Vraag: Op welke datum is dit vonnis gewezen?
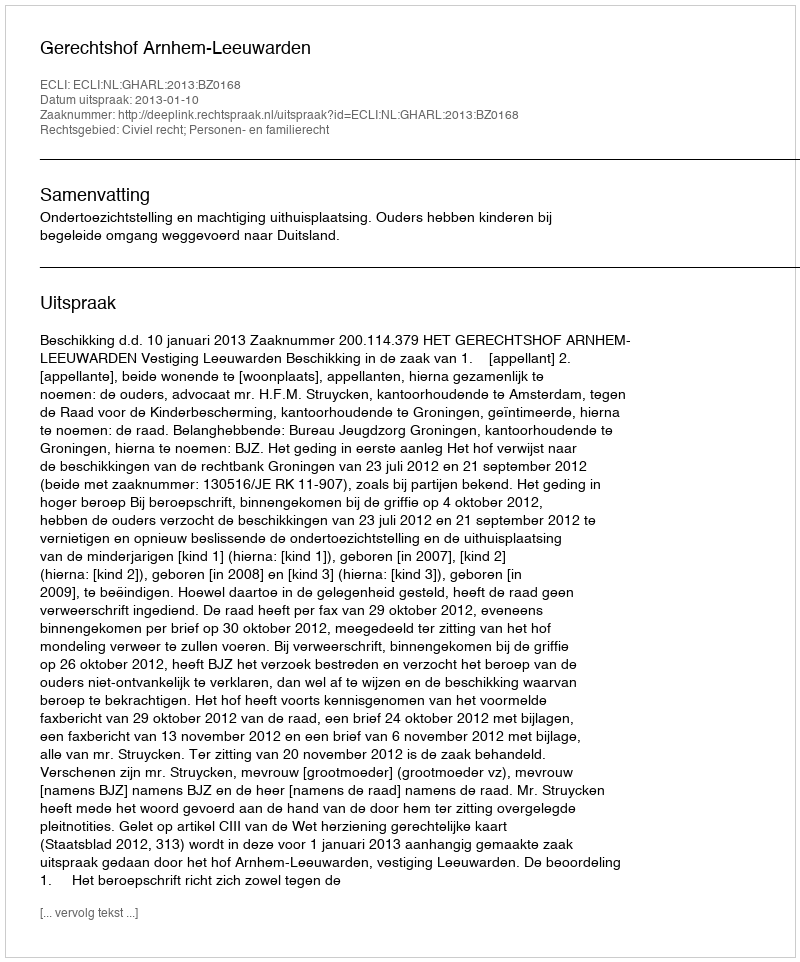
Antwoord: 2013-01-10